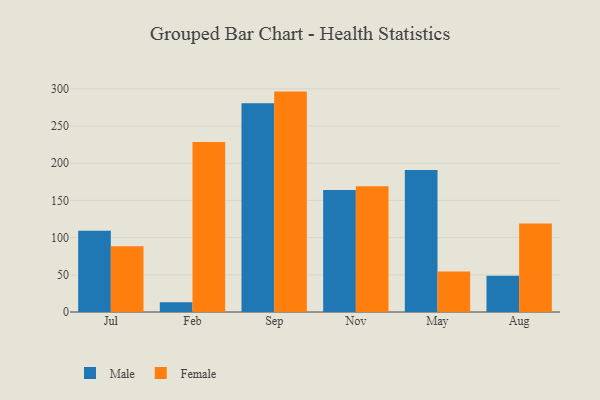
{"axis": {"x": "Month", "y": "Gross Profit (USD K)"}, "legend": ["Female", "Male"], "data": [{"x": "Jul", "y": 109.2, "type": "Male"}, {"x": "Jul", "y": 88.3, "type": "Female"}, {"x": "Feb", "y": 13.0, "type": "Male"}, {"x": "Feb", "y": 228.3, "type": "Female"}, {"x": "Sep", "y": 280.5, "type": "Male"}, {"x": "Sep", "y": 296.2, "type": "Female"}, {"x": "Nov", "y": 164.1, "type": "Male"}, {"x": "Nov", "y": 169.0, "type": "Female"}, {"x": "May", "y": 191.0, "type": "Male"}, {"x": "May", "y": 54.3, "type": "Female"}, {"x": "Aug", "y": 48.8, "type": "Male"}, {"x": "Aug", "y": 118.8, "type": "Female"}]}